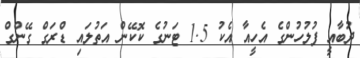
ދުބާއީ ފުލުހުންގެ އެހީއާ އެކު 1.5 ޓަނުގެ ކޮކޭން އަތުލައި ޑްރަގް ގޭންގް